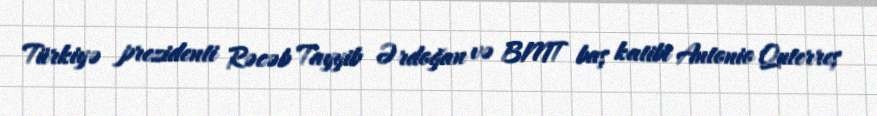
Türkiyə prezidenti Rəcəb Tayyib Ərdoğan və BMT baş katibi Antonio Quterreş